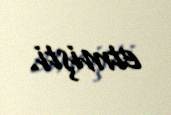
etmişti.